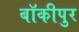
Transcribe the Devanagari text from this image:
बॉकीपुर